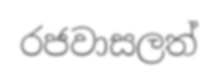
රජවාසලත්